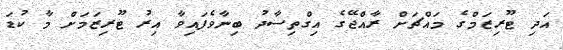
އަދި ޓޫރިޒަމްގެ މައްޗަށް ރާއްޖޭގެ އިގްތިސާދު ބިނާވެފައިވާ އިރު ޓޫރިޒަމަށް މާ ކުޑަ